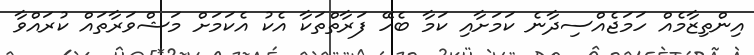
އިންތިޒާމެއް ހަމަޖެއްސިދާނެ ކަމަށާއި ކަމާ ބެހޭ ފަރާތްތަކާ އެކު އެކަމަށް މަޝްވަރާތައް ކުރައްވާ